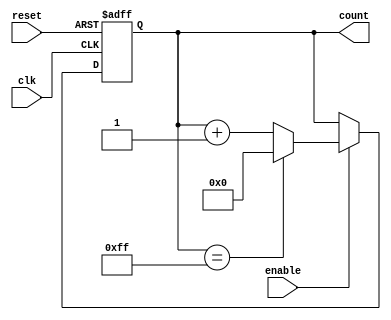
module pulse_counter #(
    parameter WIDTH = 8 // Configurable width for the counter (8, 16, 32, etc.)
)(
    input wire clk,          // Clock signal
    input wire enable,       // Count enable signal
    input wire reset,        // Asynchronous reset signal
    output reg [WIDTH-1:0] count = 0 // Output count value, initialized to 0
);

    // Asynchronous reset and synchronous counting
    always @(posedge clk or posedge reset) begin
        if (reset) begin
            count <= 0; // Reset the count to zero
        end else if (enable) begin
            if (count == {WIDTH{1'b1}}) begin
                count <= 0; // Wrap around if maximum value is reached
            end else begin
                count <= count + 1; // Increment count
            end
        end
    end

endmodule